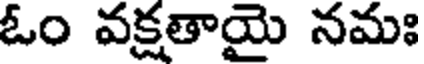
ఓం వక్షతాయై నమః